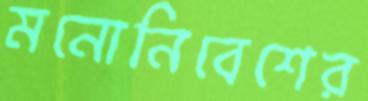
মনোনিবেশের